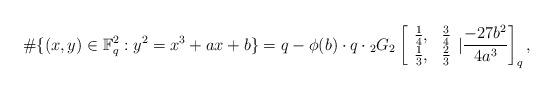
LaTeX: \begin{align*}\#\{(x, y)\in \mathbb{F}_q^2: y^2=x^3+ax+b\}=q-\phi(b)\cdot q\cdot{_{2}}G_2\left[\begin{array}{cc} \frac{1}{4}, & \frac{3}{4} \\ \frac{1}{3}, & \frac{2}{3} \end{array}|\frac{-27b^2}{4a^3}\right]_q,\end{align*}